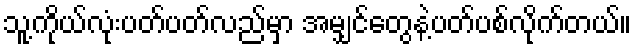
သူ့ကိုယ်လုံးပတ်ပတ်လည်မှာ အမျှင်တွေနဲ့ပတ်ပစ်လိုက်တယ်။